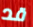
قد